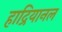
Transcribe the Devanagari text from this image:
हाद्रियानल